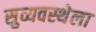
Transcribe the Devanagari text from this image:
सुव्यवस्थेला